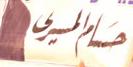
حسامالسي